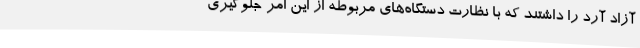
آزاد آرد را داشتند که با نظارت دستگاه‌های مربوطه از این امر جلوگیری